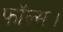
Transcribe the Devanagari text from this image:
फॉल्स।